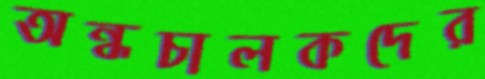
অন্ধচালকদের